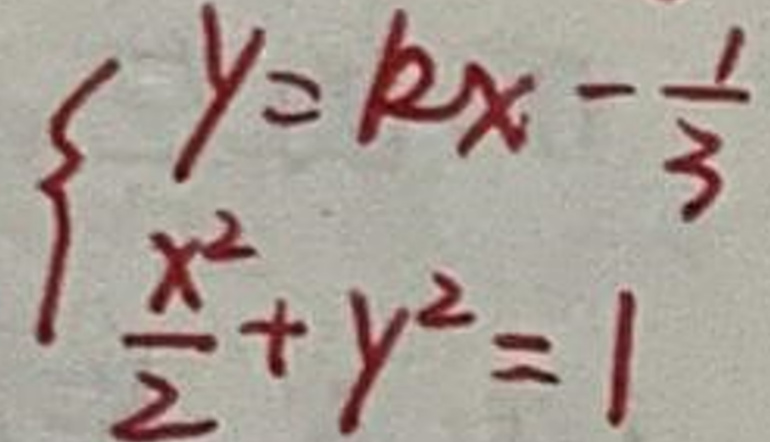
\left\{\begin{array}{l}
y = k x - \frac{1}{3}\\
\frac{x^{2}}{2}+y^{2}=1
\end{array}\right.